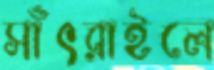
সাঁৎরাইলে